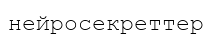
нейросекреттер